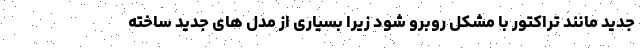
جدید مانند تراکتور با مشکل روبرو شود زیرا بسیاری از مدل های جدید ساخته